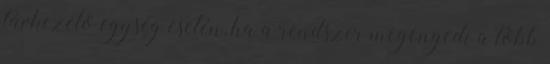
távkezelõ egység esetén, ha a rendszer megengedi a több